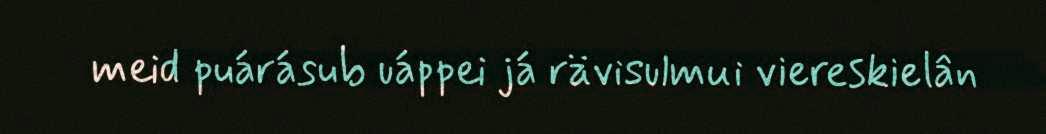
meid puárásub uáppei já rävisulmui viereskielân